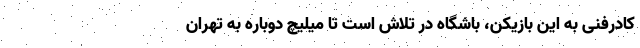
کادرفنی به این بازیکن، باشگاه در تلاش است تا میلیچ دوباره به تهران